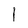
Character: 1